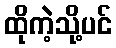
ထိုကဲ့သို့ပင်